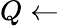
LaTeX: Q\leftarrow